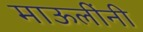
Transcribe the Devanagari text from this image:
माऊलींनी